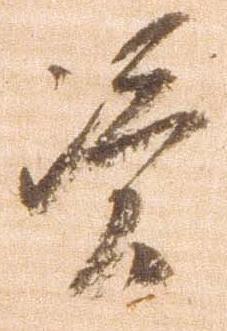
憑